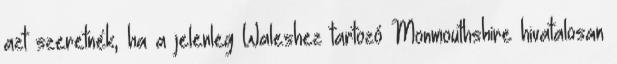
azt szeretnék, ha a jelenleg Waleshez tartozó Monmouthshire hivatalosan